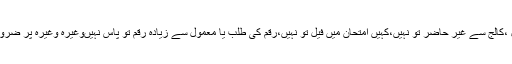
والدین کو چاہیے کہ وہ اپنے بچے اور بچیوں کا د یہان رکھیں کہ وہ اسکول ،کالج سے غیر حاضر تو نہیں،کہیں امتحان میں فیل تو نہیں،رقم کی طلب یا معمول سے زیادہ رقم تو پاس نہیںوغیرہ وغیرہ پر ضرور توجہ دیںاور چھان بین کریں کہ ہمارا بچہ یا بچی غلط کاموںمیں تو نہیں۔